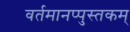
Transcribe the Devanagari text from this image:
वर्तमानप्पुस्तकम्